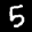
Label: 5